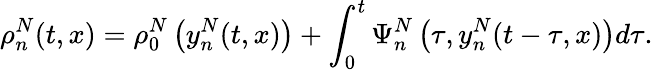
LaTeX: \rho_{n}^{N}(t,x)=\rho_{0}^{N}\left(y_{n}^{N}(t,x)\right)+\int_{0}^{t}\Psi_{n}^{N}\left(\tau,y_{n}^{N}(t-\tau,x)\right)d\tau.